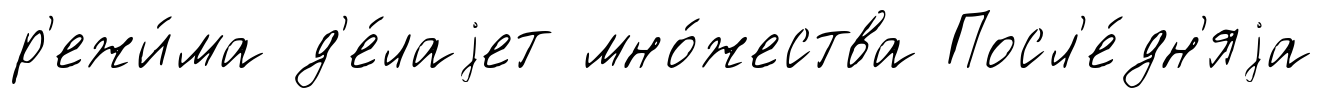
р'ежи́ма д'е́лаjет мно́жества Посл'е́дн'яjа